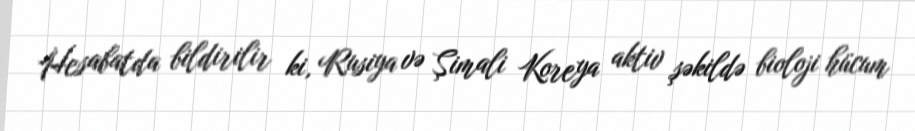
Hesabatda bildirilir ki, Rusiya və Şimali Koreya aktiv şəkildə bioloji hücum